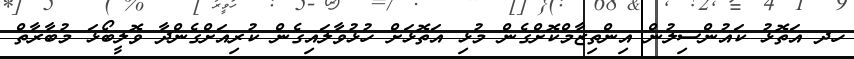
ހދ އަތޮޅު ކައުންސިލުން އިންތިޒާމްކޮށްގެން މުޅި އަތޮޅަށް ހުޅުވާލައިގެން ކުރިއަށްގެންދާ ވޮލީބޯޅަ މުބާރާތް